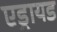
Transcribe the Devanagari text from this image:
एड्रायड